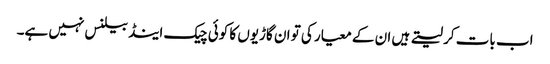
اب بات کر لیتے ہیں ان کے معیار کی تو ان گاڑیوں کا کوئی چیک اینڈ بیلنس نہیں ہے۔